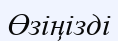
Өзіңізді